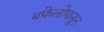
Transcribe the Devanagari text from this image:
बफेलोपासून